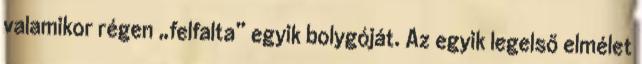
valamikor régen „felfalta” egyik bolygóját. Az egyik legelső elmélet